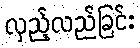
လှည့်လည်ခြင်း